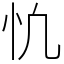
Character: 𢖾